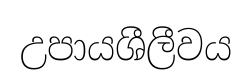
උපායශීලීවය